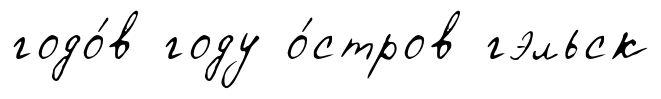
годо́в году о́стров гэльск